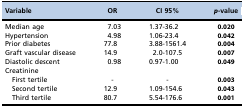
| Variable | OR | CI 95% | p-value |
 | --- | --- | --- | --- |
 | Median age | 7.03 | 1.37-36.2 | 0.020 |
 | Hypertension | 4.98 | 1.06-23.4 | 0.042 |
 | Prior diabetes | 77.8 | 3.88-1561.4 | 0.004 |
 | Graft vascular disease | 14.9 | 2.0-107.5 | 0.007 |
 | Diastolic descent | 0.98 | 0.97-1.00 | 0.049 |
 | Creatinine |  |  |  |
 | First tertile | - | - | 0.003 |
 | Second tertile | 12.9 | 1.09-154.6 | 0.043 |
 | Third tertile | 80.7 | 5.54-176.6 | 0.001 |